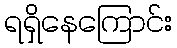
ရရှိနေကြောင်း